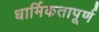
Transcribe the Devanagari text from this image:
धार्मिकतापूर्ण